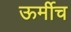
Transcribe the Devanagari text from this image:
ऊर्मीच